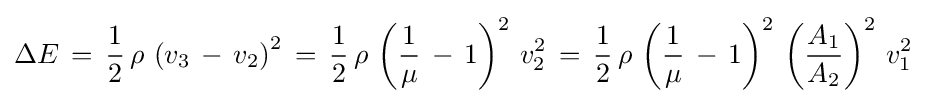
\Delta E\,=\,{\frac {1}{2}}\,\rho \,\left(v_{3}\,-\,v_{2}\right)^{2}\,=\,{\frac {1}{2}}\,\rho \,\left({\frac {1}{\mu }}\,-\,1\right)^{2}\,v_{2}^{2}\,=\,{\frac {1}{2}}\,\rho \,\left({\frac {1}{\mu }}\,-\,1\right)^{2}\,\left({\frac {A_{1}}{A_{2}}}\right)^{2}\,v_{1}^{2}